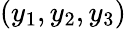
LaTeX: (y_{1},y_{2},y_{3})